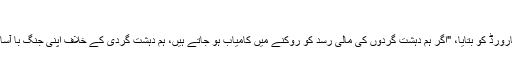
"
انہوں نے پاکستان فارورڈ کو بتایا، "اگر ہم دہشت گردوں کی مالی رسد کو روکنے میں کامیاب ہو جاتے ہیں، ہم دہشت گردی کے خلاف اپنی جنگ با آسانی جیت جائیں گے۔